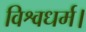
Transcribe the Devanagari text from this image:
विश्वधर्म।